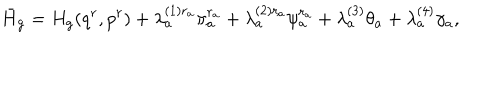
LaTeX: \bar { H } _ { \mathrm { g } } = H _ { \mathrm { g } } ( q ^ { r } , p ^ { r } ) + \lambda _ { a } ^ { ( 1 ) r _ { a } } \pi _ { a } ^ { r _ { a } } + \lambda _ { a } ^ { ( 2 ) r _ { a } } \psi _ { a } ^ { r _ { a } } + \lambda _ { a } ^ { ( 3 ) } \theta _ { a } + \lambda _ { a } ^ { ( 4 ) } \gamma _ { a } ,